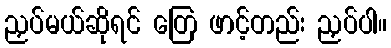
ညှပ်မယ်ဆိုရင် တြေ ဖာင့်တည်း ညှပ်ပါ။